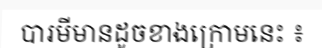
បារមីមានដូចខាងក្រោមនេះ ៖